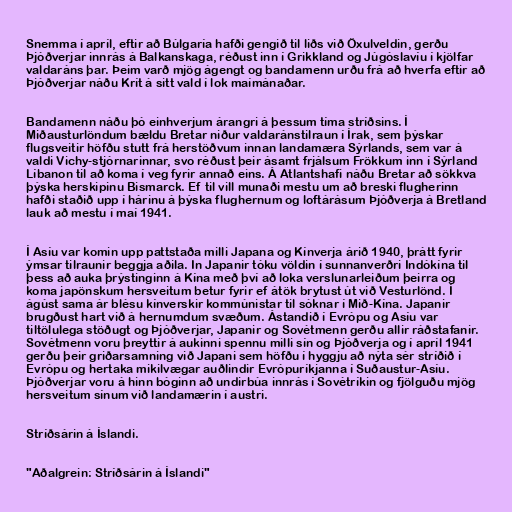
Snemma í apríl, eftir að Búlgaría hafði gengið til liðs við Öxulveldin, gerðu
Þjóðverjar innrás á Balkanskaga, réðust inn í Grikkland og Júgóslavíu í kjölfar
valdaráns þar. Þeim varð mjög ágengt og bandamenn urðu frá að hverfa eftir að
Þjóðverjar náðu Krít á sitt vald í lok maímánaðar.

Bandamenn náðu þó einhverjum árangri á þessum tíma stríðsins. Í
Miðausturlöndum bældu Bretar niður valdaránstilraun í Írak, sem þýskar
flugsveitir höfðu stutt frá herstöðvum innan landamæra Sýrlands, sem var á
valdi Vichy-stjórnarinnar, svo réðust þeir ásamt frjálsum Frökkum inn í Sýrland
Líbanon til að koma í veg fyrir annað eins. Á Atlantshafi náðu Bretar að sökkva
þýska herskipinu Bismarck. Ef til vill munaði mestu um að breski flugherinn
hafði staðið upp í hárinu á þýska flughernum og loftárásum Þjóðverja á Bretland
lauk að mestu í maí 1941.

Í Asíu var komin upp pattstaða milli Japana og Kínverja árið 1940, þrátt fyrir
ýmsar tilraunir beggja aðila. In Japanir tóku völdin í sunnanverðri Indókína til
þess að auka þrýstinginn á Kína með því að loka verslunarleiðum þeirra og
koma japönskum hersveitum betur fyrir ef átök brytust út við Vesturlönd. Í
ágúst sama ár blésu kínverskir kommúnistar til sóknar í Mið-Kína. Japanir
brugðust hart við á hernumdum svæðum. Ástandið í Evrópu og Asíu var
tiltölulega stöðugt og Þjóðverjar, Japanir og Sovétmenn gerðu allir ráðstafanir.
Sovétmenn voru þreyttir á aukinni spennu milli sín og Þjóðverja og í apríl 1941
gerðu þeir griðarsamning við Japani sem höfðu í hyggju að nýta sér stríðið í
Evrópu og hertaka mikilvægar auðlindir Evrópuríkjanna í Suðaustur-Asíu.
Þjóðverjar voru á hinn bóginn að undirbúa innrás í Sovétríkin og fjölguðu mjög
hersveitum sínum við landamærin í austri.

Stríðsárin á Íslandi.

"Aðalgrein: Stríðsárin á Íslandi"